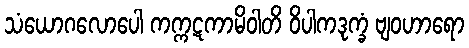
သံယောဂလောပေါ ကက္ကဋကာမိဝါတိ ဝိပါကဒုက္ခံ ဗျဝဟာရော